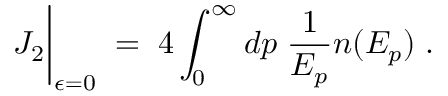
J _ { 2 } \bigg | _ { \epsilon = 0 } \; = \; 4 \int _ { 0 } ^ { \infty } d p \; { \frac { 1 } { E _ { p } } } n ( E _ { p } ) \; .